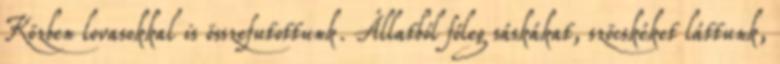
Közben lovasokkal is összefutottunk. Állatból főleg sáskákat, szöcskéket láttunk,